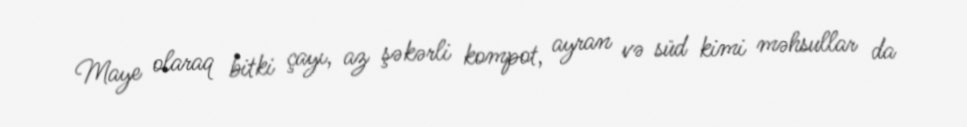
Maye olaraq bitki çayı, az şəkərli kompot, ayran və süd kimi məhsullar da